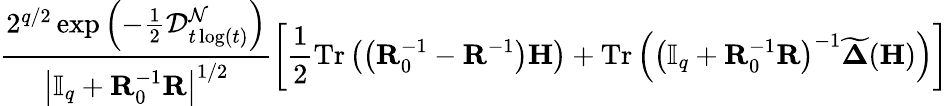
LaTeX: \frac{2^{q/2}\exp\left(-\frac{1}{2}\mathcal{D}_{t\log(t)}^{\mathcal{N}}\right)}{\left|\mathbb{I}_{q}+\mathbf{R}_{0}^{-1}\mathbf{R}\right|^{1/2}}\left[\frac{1}{2}\mathrm{Tr}\left(\left(\mathbf{R}_{0}^{-1}-\mathbf{R}^{-1}\right)\mathbf{H}\right)+\mathrm{Tr}\left(\left(\mathbb{I}_{q}+\mathbf{R}_{0}^{-1}\mathbf{R}\right)^{-1}\widetilde{\boldsymbol{\Delta}}(\mathbf{H})\right)\right]